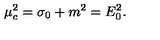
\mu _ { c } ^ { 2 } = \sigma _ { 0 } + m ^ { 2 } = E _ { 0 } ^ { 2 } .